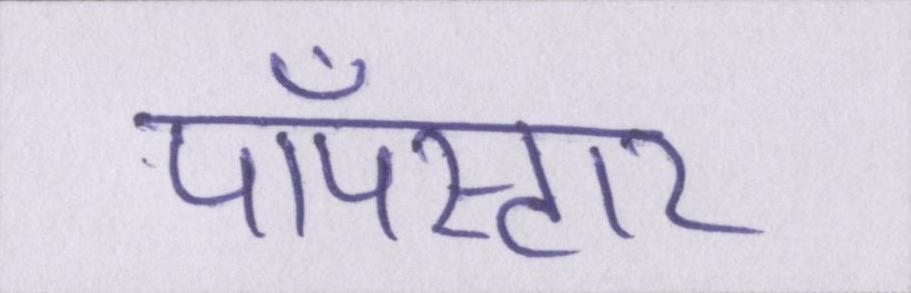
पॉपस्टार